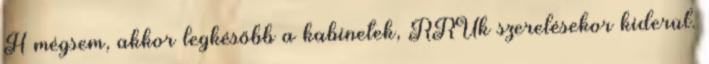
H mégsem, akkor legkésőbb a kabinetek, RRUk szerelésekor kiderül.